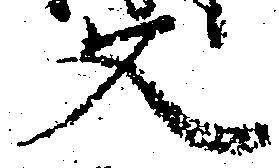
文